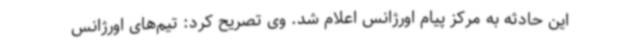
این حادثه به مرکز پیام اورژانس اعلام شد. وی تصریح کرد: تیم‌های اورژانس